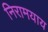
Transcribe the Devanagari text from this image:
निरामयाय